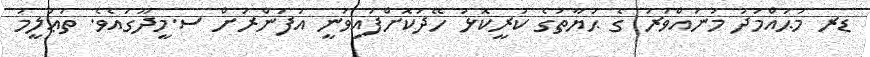
ޑރ މުޙައްމަދު މުނައްވަރު ގެ ޙަޔާތުގެ ކުރީކޮޅު ހޭދަކޮށްފައިވަނީ އުފަންރަށް ސ.މީދޫގައެވެ. ތަޢުލީމު